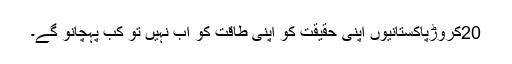
20کروڑپاکستانیوں اپنی حقیقت کو اپنی طاقت کو اب نہیں تو کب پہچانو گے۔